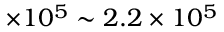
\times 1 0 ^ { 5 } \sim 2 . 2 \times 1 0 ^ { 5 }